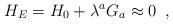
LaTeX: \begin{align*}H_E = H_0+\lambda ^a G_a\approx 0\,\,\, , \end{align*}